Report on vaccination in Madras 1877-1894 - 1877-1894
Year: 1877
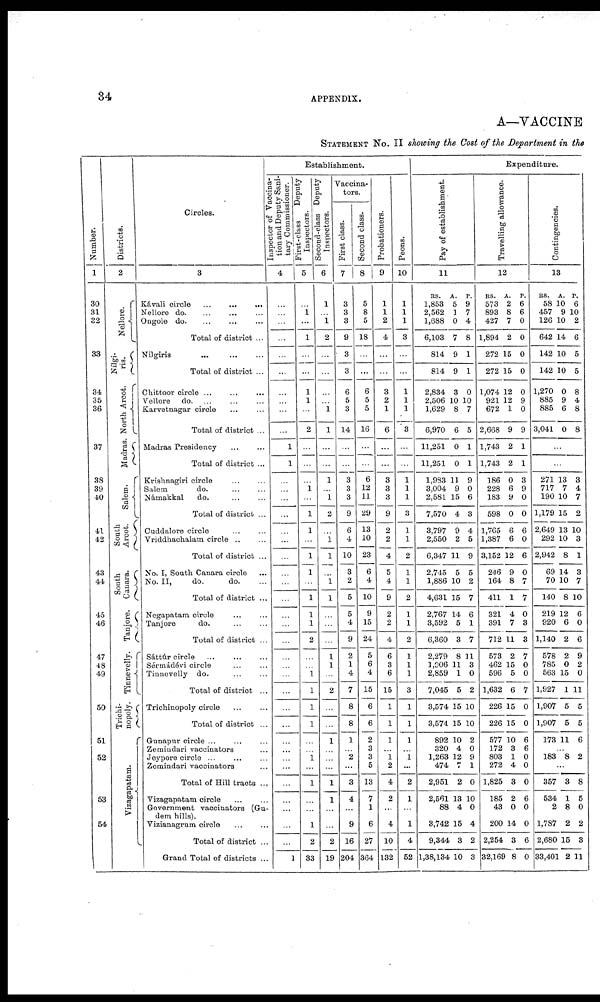
34
APPENDIX.
A—VACCINE
STATEMENT NO. II showing the Cost of the Department in the
Number.
1
30
31
32
33
34
35
36
37
38
39
40
41
42
43
44
45
46
47
48
49
50
51
52
53
54
Districts.
2
Nel l
or e.
Nílgi-
ris.
North Arcot.
Madras.
Salem.
South
Arcot.
South
Canara.
Tanjore.
Tinnevelly.
Trichi¬
nopoly.
Vizagapatam.
Circles.
3
Kávali circle
...
...
...
Nellore do. ... ... ...
Ongole
do. ... ... ...
Total of district ...
Nilgiris ... ... ...
Total of district ...
Chittoor circle ... ... ...
Vellore do. ... ... ...
Karvetnagar circle ... ...
Total of district ...
Madras Presidency
...
...
Total of district ...
Krishnagiri circle ... ...
Salem
do. ... ...
Námakkal
do.
...
...
Total of district ...
Cuddalore circle ... ...
Vriddhachalam circle .. ...
Total of district ...
No. I, South Canara circle ...
No. II,
do.
do. ...
Total of district ...
Negapatam circle ... ...
Tanjore
do. ... ...
Total of district ...
Sáttúr circle ... ... ...
Sérmádévi circle ... ...
Tinnevelly do. ... ...
Total of district ...
Trichinopoly circle ... ...
Total of district ...
Gunapnr circle ... ...
Zemindari vaccinators ...
Jeypore circle ... ...
Zemindari vaccinators ...
Total of Hill tracts ...
Vizagapatam circle ... ...
Government vaccinators (Gu¬
dem hills).
Vizianagrum circle ... ...
Total of district ...
Grand Total of districts ...
Establishment.
Inspector of Vaccina-
tion and Deputy Sani-
tary Commissioner.
4
...
...
...
...
...
...
...
...
...
...
...
1
1
...
...
...
...
...
...
...
...
...
...
...
...
...
...
...
...
...
...
...
...
...
...
...
...
...
...
...
...
1
First-class
Deputy
Inspectors.
5
...
... 1
...
1
...
...
1
1
...
2
...
...
...
1
...
1
1
...
1
1
...
1
1
1
2
...
...
1
1
1
1
...
...
1
...
1
...
...
1
2
33
Second-class Deputy
Inspectors.
6
1
...
1
2
...
...
...
...
1
1
...
...
l
...
l
2
...
1
1
...
1
1
...
...
...
1
1
...
2
...
...
1
...
...
...
1
1
...
...
2
19
Vaccina-
tors.
First class.
7
8
3
3
9
3
3
6
5
3
14
...
...
3
3
3
9
6
4
10
3
2
5
5
4
9
2
1
4
7
8
8
1
...
2
...
3
4
...
9
16
204
Second class.
8
5
8
5
18
...
...
6
5
5
16
...
...
6
12
11
29
13
10
23
6
4
10
9
l5
24
5
6
4
15
6
6
2
3
3
5
13
7
1
6
27
364
Probationers.
9
1
1
2
4
...
...
3
2
1
6
...
...
3
3
3
9
2
2
4
5
4
9
2
2
4
6
3
6
15
1
1
1
...
1
2
4
2
...
4
10
132
Peons.
10
1
1
1
3
...
...
1
1
1
3
...
...
...
...
...
...
...
...
...
...
...
...
...
...
...
...
...
...
...
...
...
...
...
1
...
...
...
...
...
4
52
Expenditure.
Pay of establishment.
11
RS.
1,853
2,562
1,688
6,103
814
814
2,834
2,506
1,629
6,970
11,251
11,251
1,983
3,004
2,581
7,570
3,797
2,550
6,347
2,745
1,886
4,631
2,767
3,592
6,360
2,279
1,906
2,859
7,045
3,574
3,574
892
320
1,263
474
2,951
2,561
88
3,742
9,344
1,38,134
A.
5
1
0
7
9
9
3
10
8
6
0
0
11
9
15
4
9
2
11
5
10
15
14
5
3
8
11
1
5
15
15
10
4
12
7
2
3
4
15
3
10
P.
9
7
4
8
1
1
0
10
7
5
1
1
9
0
6
3
4
5
9
5
2
7
6
1
7
11
3
0
2
10
10
2
0
9
1
0
10
0
4
2
3
Travelling allowance.
12
RS.
573
893
427
1,894
272
272
1,074
921
672
2,668
1,743
1,743
186
228
183
598
1,765
1,387
3,152
246
164
411
321
391
712 1
573
462
596
1,632
226
226
577
172
803
272
1,825
185
43
200
2,254
32,169
A.
2
8
7
2
15
15
12
12
1
9
2
2
0
6
9
0
6
6
12
9
8
1
4
7
11
2
5
5
6
15
15
10
3
1
4
3
2
0
14
3
8
P.
6
6
0
0
0
0
0
9
0
9
1
1
3
9
0
0
6
0
6
0
7
7
0
3
3
7
0
0
7
0
0
6
6
0
0
0
6
0
0
6
0
Contingencies.
13
RS.
58
457
126
642
142
142
1,270
885
885
3,041
A.
10
9
10
14
10
10
0
9
6
0
P.
6
10
2
6
5
5
8
4
8
8
...
...
271
717
190
1,179
2,649
292
2,942
69
70
140
219
920
1,140
578
785
563
1,927
1,907
1,907
173
13
7
10
15
13
10
8
14
10
8
12
6
2
2
0
15
1
5
5
11
3
4
7
2
10
3
1
3
7
10
6
0
6
9
2
0
11
5
5
6
...
183 8 2
...
357
534
2
1,787
2,680
33,401
3
1
8
2
15
2
8
5
0
2
3
11